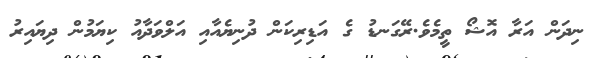
ނިދަން އަރާ އޮޝޯ ތީމެވެ.ރޭގަނޑު ގެ އަޑިރިކަން ދުނިޔެއާއި އަލްވަދާއު ކިޔަމުން ދިޔައިރު